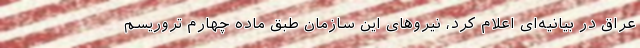
عراق در بیانیه‌ای اعلام کرد، نیروهای این سازمان طبق ماده چهارم تروریسم